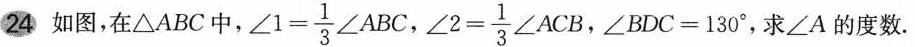
24如图，在△ABC中， $$∠ 1 = \frac { 1 } { 3 } ∠ A B C$$，$$∠ 2 = \frac { 1 } { 3 } ∠ A C B$$，$$∠ B D C = 1 3 0 °$$，求∠A的度数.